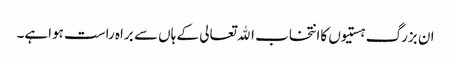
ان بزرگ ہستیوں کاانتخاب اﷲتعالی کے ہاں سے براہ راست ہواہے۔